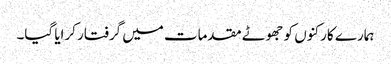
ہمارے کارکنوں کو جھوٹے مقدمات میں گرفتار کرایا گیا۔